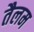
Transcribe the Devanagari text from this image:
तैलम